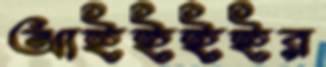
আইইইইর